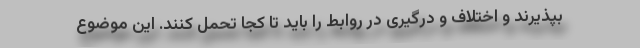
بپذیرند و اختلاف و درگیری در روابط را باید تا کجا تحمل کنند. این موضوع